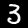
Digit: 3